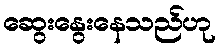
ဆွေးနွေးနေသည်ဟု